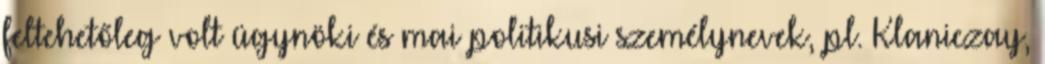
feltehetőleg volt ügynöki és mai politi­ku­si személy­ne­vek, pl. Klaniczay,